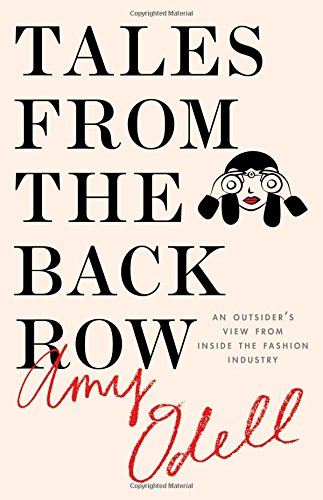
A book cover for Tales from the Back Row: An Outsider's View from Inside the Fashion Industry; Amy Odell; Humor & Entertainment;